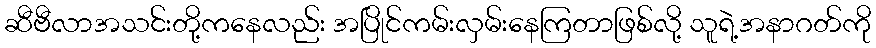
ဆီဗီလာအသင်းတို့ကနေလည်း အပြိုင်ကမ်းလှမ်းနေကြတာဖြစ်လို့ သူရဲ့အနာဂတ်ကို